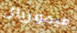
ميموريال